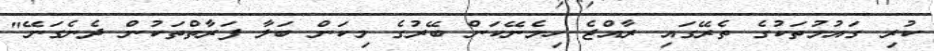
ކުރި ގައުމުތަކުގެ ތެރޭގައި ރާއްޖެ ހިމެނޭކަން ބޭރުގެ މިކަން ބަލާ ފަރާތްތަކުން ދެނެގަނޭ"